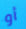
أو